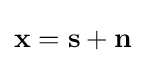
\mathbf {x} =\mathbf {s} +\mathbf {n}